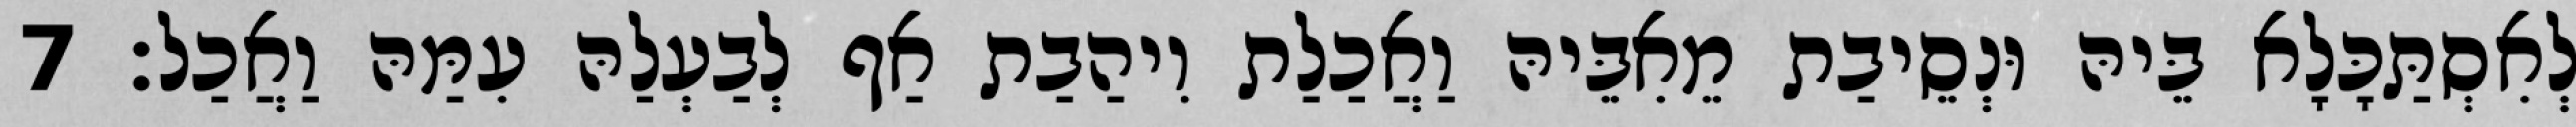
לְאִסְתַּכָּלָא בֵּיהּ וּנְסֵיבַת מֵאִבֵּיהּ וַאֲכַלַת וִיהַבַת אַף לְבַעְלַהּ עִמַּהּ וַאֲכַל׃ 7